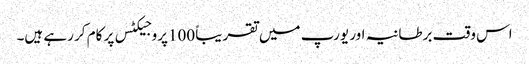
اس وقت برطانیہ اور یورپ میں تقریباً 100پروجیکٹس پر کام کر رہے ہیں۔